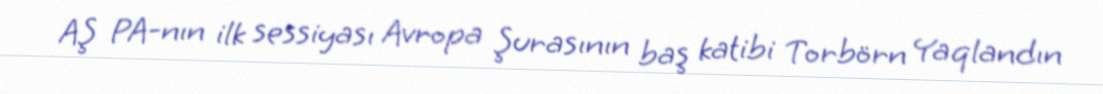
AŞ PA-nın ilk sessiyası Avropa Şurasının baş katibi Torbörn Yaqlandın